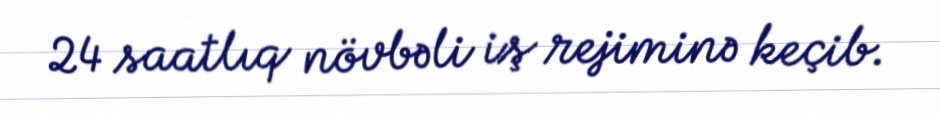
24 saatlıq növbəli iş rejiminə keçib.